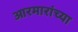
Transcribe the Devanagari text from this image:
आरमारांच्या